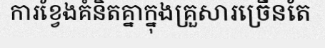
ការខ្វែងគំនិតគ្នាក្នុងគ្រួសារច្រើនតែ